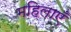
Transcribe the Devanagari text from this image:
महिलाएंँ